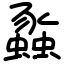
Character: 蟸